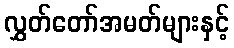
လွှတ်တော်အမတ်များနှင့်